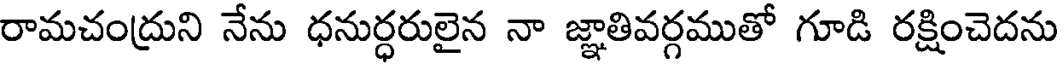
రామచంద్రుని నేను ధనుర్ధరులైన నా జ్ఞాతివర్గముతో గూడి రక్షించెదను